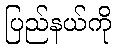
ပြည်နယ်ကို